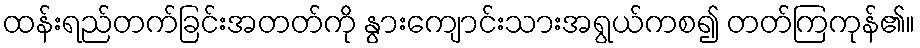
ထန်းရည်တက်ခြင်းအတတ်ကို နွားကျောင်းသားအရွယ်ကစ၍ တတ်ကြကုန်၏။